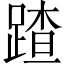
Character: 蹅